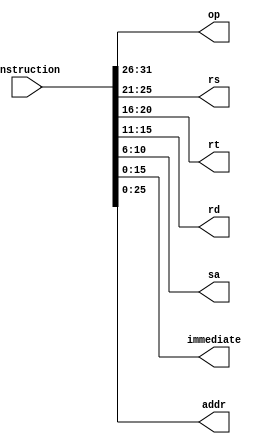
`timescale 1ns / 1ps

module ins_seg(
        input [31:0] instruction,
        output reg[5:0] op,
        output reg[4:0] rs,
        output reg[4:0] rt,
        output reg[4:0] rd,
        output reg[4:0] sa,
        output reg[15:0] immediate,
        output reg[25:0] addr
    );
    
    initial begin
        op = 5'b00000;
        rs = 5'b00000;
        rt = 5'b00000;
        rd = 5'b00000;
    end
    
    always@(instruction) begin
        // R type instruction
        op = instruction[31:26];
        rs = instruction[25:21];
        rt = instruction[20:16];
        rd = instruction[15:11];
        sa = instruction[10:6];
        // I type instruction
        immediate = instruction[15:0];
        // J type instruction
        addr = instruction[25:0];
    end
endmodule